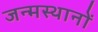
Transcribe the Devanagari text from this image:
जन्मस्थानों